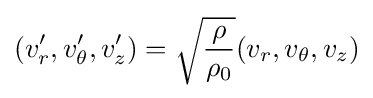
(v_{r}',v_{\theta }',v_{z}')={\sqrt {\frac {\rho }{\rho _{0}}}}(v_{r},v_{\theta },v_{z})